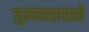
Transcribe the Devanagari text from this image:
जुन्यासारखे